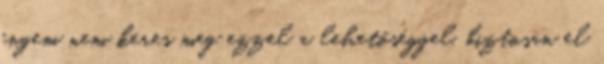
engem nem keres meg ezzel a lehetőséggel, biztosan el